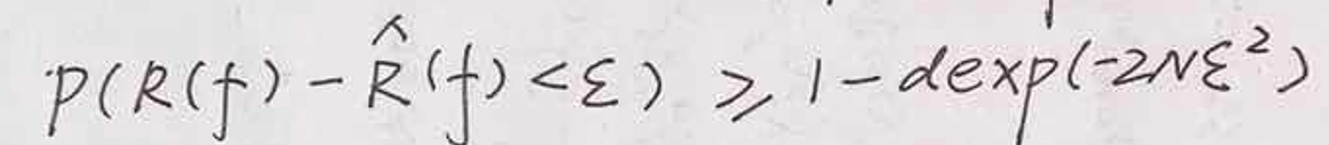
\[
p(R(f)-\hat{R}(f)<\varepsilon) \geq 1 - d\exp(-2N\varepsilon^{2})
\]